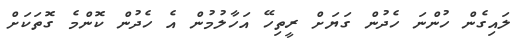
ލައިގެން ހުންނަ ހެދުން ގަޔަށް ރީތިހޭ އަހާލުމުން އެ ހެދުން ކޮންމެ ގޮތަކަށް